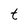
Character: t